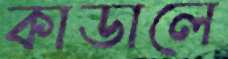
কাডালে